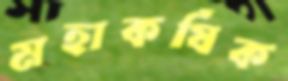
মহাকর্ষিক